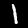
Digit: 1